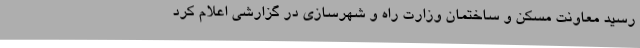
رسید معاونت مسکن و ساختمان وزارت راه و شهرسازی در گزارشی اعلام کرد